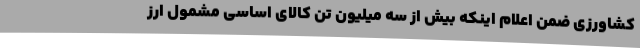
کشاورزی ضمن اعلام اینکه بیش از سه میلیون تن کالای اساسی مشمول ارز